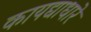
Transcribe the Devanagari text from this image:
कायद्याधारे